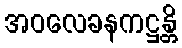
အဝလေခနကဋ္ဌန္တိ